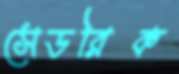
সেডরিক